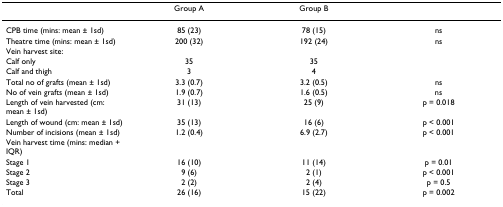
|  | Group A | Group B |  |
 | --- | --- | --- | --- |
 | CPB time (mins: mean ± 1sd) | 85 (23) | 78 (15) | ns |
 | Theatre time (mins: mean ± 1sd) | 200 (32) | 192 (24) | ns |
 | Vein harvest site: |  |  |  |
 | Calf only | 35 | 35 |  |
 | Calf and thigh | 3 | 4 |  |
 | Total no of grafts (mean ± 1sd) | 3.3 (0.7) | 3.2 (0.5) | ns |
 | No of vein grafts (mean ± 1sd) | 1.9 (0.7) | 1.6 (0.5) | ns |
 | Length of vein harvested (cm: mean ± 1sd) | 31 (13) | 25 (9) | p = 0.018 |
 | Length of wound (cm: mean ± 1sd) | 35 (13) | 16 (6) | p < 0.001 |
 | Number of incisions (mean ± 1sd) | 1.2 (0.4) | 6.9 (2.7) | p < 0.001 |
 | Vein harvest time (mins: median + IQR) |  |  |  |
 | Stage 1 | 16 (10) | 11 (14) | p = 0.01 |
 | Stage 2 | 9 (6) | 2 (1) | p < 0.001 |
 | Stage 3 | 2 (2) | 2 (4) | p = 0.5 |
 | Total | 26 (16) | 15 (22) | p = 0.002 |